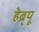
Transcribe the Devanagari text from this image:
हेब्र्यू